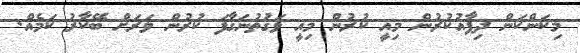
މިކަންކަން ދިފާއުކުރުން މިއީ ކުރުން މިއީ ވަގުތުނަގާފަ ކުރުން ވަރަށް ބޭކާރު ކަމެއް.